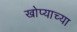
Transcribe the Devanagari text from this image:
खोप्याच्या